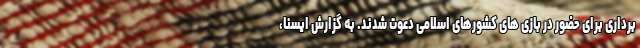
برداری برای حضور در بازی های کشورهای اسلامی دعوت شدند. به گزارش ایسنا،